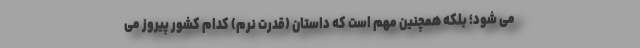
می شود؛ بلکه همچنین مهم است که داستان (قدرت نرم) کدام کشور پیروز می